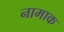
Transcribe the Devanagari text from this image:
नामाक